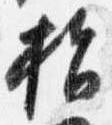
指